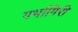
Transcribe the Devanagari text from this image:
गर्भागिरी